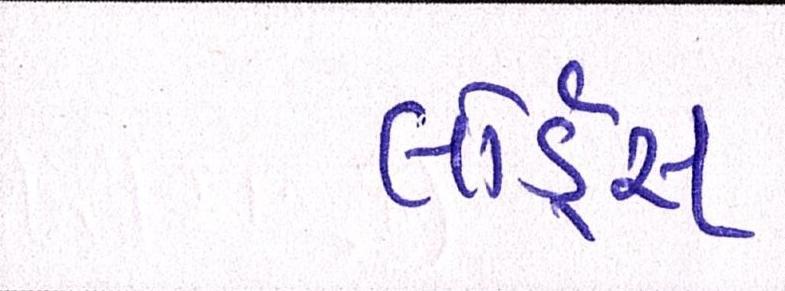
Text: લોર્ડ્સ